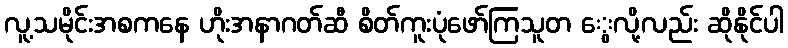
လူ့သမိုင်းအစကနေ ဟိုးအနာဂတ်ဆီ စိတ်ကူးပုံဖော်ကြသူတ ွေလို့လည်း ဆိုနိုင်ပါ